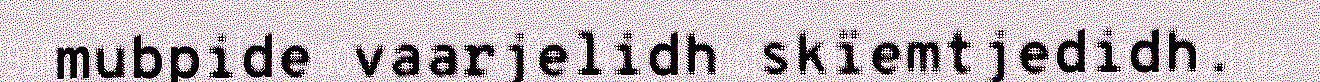
mubpide vaarjelidh skïemtjedidh.